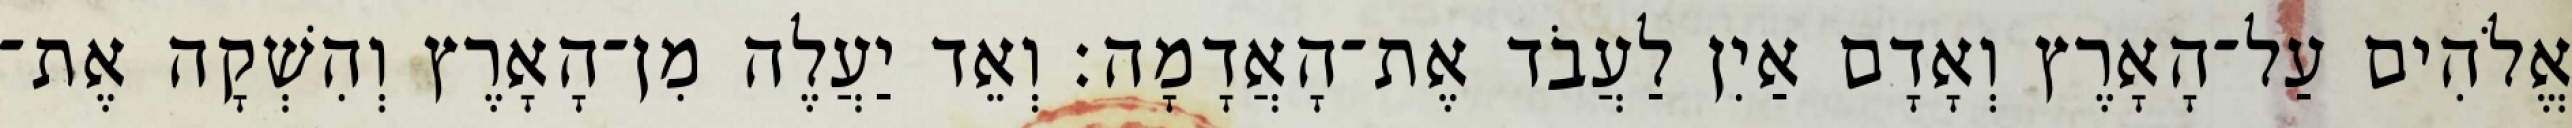
אֱלֹהִים עַל־הָאָרֶץ וְאָדָם אַיִן לַעֲבֹד אֶת־הָאֲדָמָה׃ וְאֵד יַעֲלֶה מִן־הָאָרֶץ וְהִשְׁקָה אֶת־